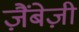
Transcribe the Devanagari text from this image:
ज़ैंबेज़ी